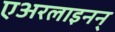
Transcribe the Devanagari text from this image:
एअरलाइनन्